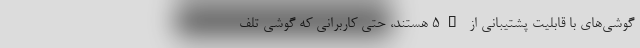
گوشی‌های با قابلیت پشتیبانی از 5G هستند، حتی کاربرانی که گوشی تلف